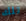
تلك